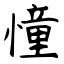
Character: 憧